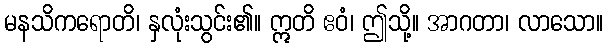
မနသိကရောတိ၊ နှလုံးသွင်း၏။ ဣတိ ဧဝံ၊ ဤသို့။ အာဂတာ၊ လာသော။